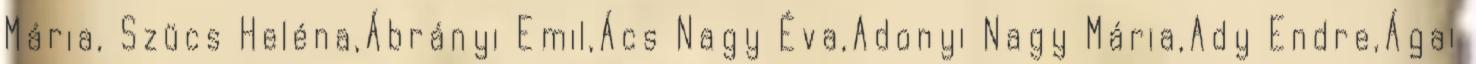
Mária, Szücs Heléna,Ábrányi Emil,Ács Nagy Éva,Adonyi Nagy Mária,Ady Endre,Ágai